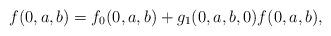
LaTeX: \begin{align*}f(0,a,b)&= f_0(0,a,b) + g_1(0,a,b,0) f(0,a,b),\end{align*}